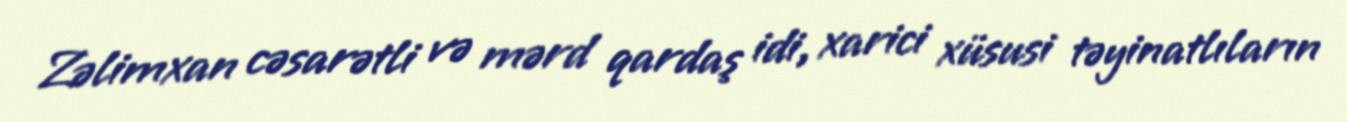
Zəlimxan cəsarətli və mərd qardaş idi, xarici xüsusi təyinatlıların